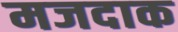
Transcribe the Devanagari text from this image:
मजदाक